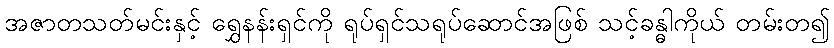
အဇာတသတ်မင်းနှင့် ရွှေနန်းရှင်ကို ရုပ်ရှင်သရုပ်ဆောင်အဖြစ် သင့်ခန္ဓါကိုယ် တမ်းတ၍